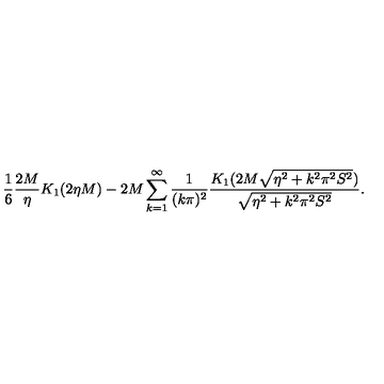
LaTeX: \frac { 1 } { 6 } \frac { 2 M } { \eta } K _ { 1 } ( 2 \eta M ) - 2 M \sum _ { k = 1 } ^ { \infty } \frac { 1 } { ( k \pi ) ^ { 2 } } \frac { K _ { 1 } ( 2 M \sqrt { \eta ^ { 2 } + k ^ { 2 } \pi ^ { 2 } S ^ { 2 } } ) } { \sqrt { \eta ^ { 2 } + k ^ { 2 } \pi ^ { 2 } S ^ { 2 } } } .